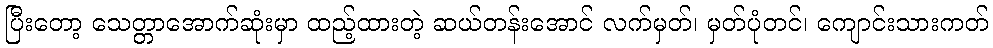
ပြီးတော့ သေတ္တာအောက်ဆုံးမှာ ထည့်ထားတဲ့ ဆယ်တန်းအောင် လက်မှတ်၊ မှတ်ပုံတင်၊ ကျောင်းသားကတ်